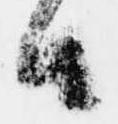
候